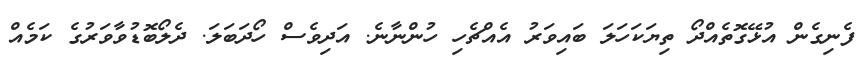
ފެނިގެން އުޅޭގޮތެއްދޯ ތިޔަކަހަލަ ބައިވަރު އެއްޗެހި ހުންނާނެ. އަދިވެސް ހޯދަބަލަ. ދެލޯބޮޑުވާވަރުގެ ކަމެއް